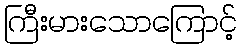
ကြီးမားသောကြောင့်